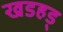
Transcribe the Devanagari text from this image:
खडहड्